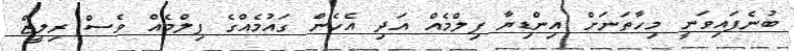
ބުނެފައިވަނީ މިހާތަނަށް އިންޑިޔާ ފިލްމެއް އަދި އެހެން ގައުމެއްގެ ފިލްމެއް ވެސް ރިލީޒް